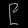
Digit: ၉